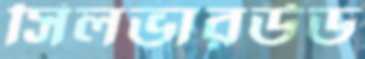
সিলভারউড